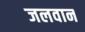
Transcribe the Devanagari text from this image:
जलवान